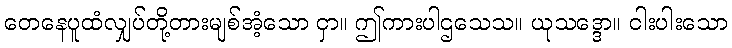
တေနေပူထံလျှပ်တို့တားမျစ်အံ့သော ငှာ။ ဤကားပါဌသေသ။ ယုသဒ္ဒော။ ငါးပါးသော